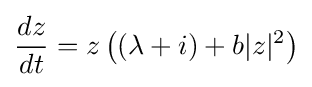
{\frac {dz}{dt}}=z\left((\lambda +i)+b|z|^{2}\right)